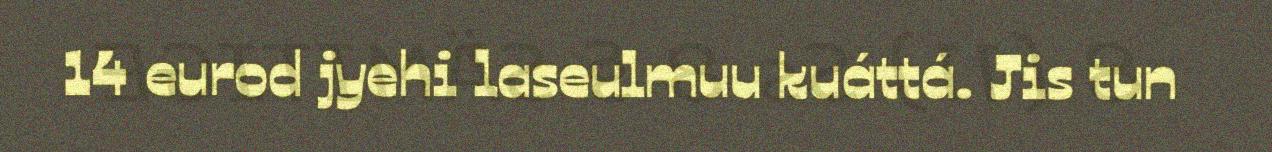
14 eurod jyehi laseulmuu kuáttá. Jis tun